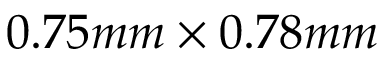
0 . 7 5 m m \times 0 . 7 8 m m